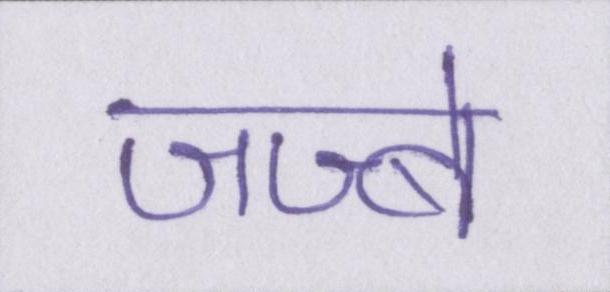
जज्बे